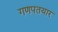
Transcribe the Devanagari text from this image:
गणपतयार